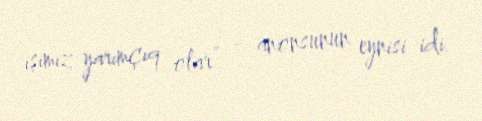
işimiz yarımçıq olar” - anonsunun eynisi idi.